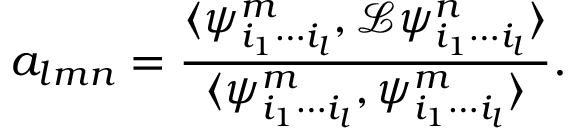
a _ { l m n } = \frac { \langle \psi _ { i _ { 1 } \cdots i _ { l } } ^ { m } , \mathcal { L } \psi _ { i _ { 1 } \cdots i _ { l } } ^ { n } \rangle } { \langle \psi _ { i _ { 1 } \cdots i _ { l } } ^ { m } , \psi _ { i _ { 1 } \cdots i _ { l } } ^ { m } \rangle } .